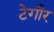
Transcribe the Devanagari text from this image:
टेगौर